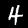
Label: 4